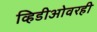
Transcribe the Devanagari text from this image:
व्हिडीओवरही